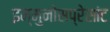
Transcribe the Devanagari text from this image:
इम्मुनोसप्रेसांट